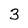
Character: 3